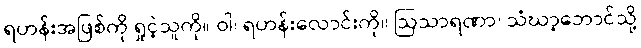
ရဟန်းအဖြစ်ကို ရှုငဲ့သူကို။ ဝါ၊ ရဟန်းလောင်းကို။ ဩသာရဏာ၊ သံဃာ့ဘောင်သို့